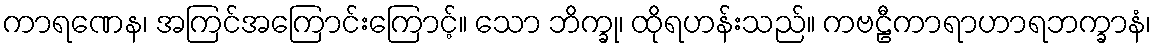
ကာရဏေန၊ အကြင်အကြောင်းကြောင့်။ သော ဘိက္ခု၊ ထိုရဟန်းသည်။ ကဗဠီကာရာဟာရဘက္ခာနံ၊